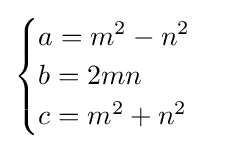
{\begin{cases}a=m^{2}-n^{2}\\b=2mn\\c=m^{2}+n^{2}\end{cases}}